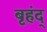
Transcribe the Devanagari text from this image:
बृहंद्